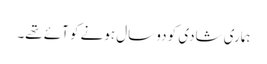
ہماری شادی کو دو سال ہونے کو آئے تھے۔